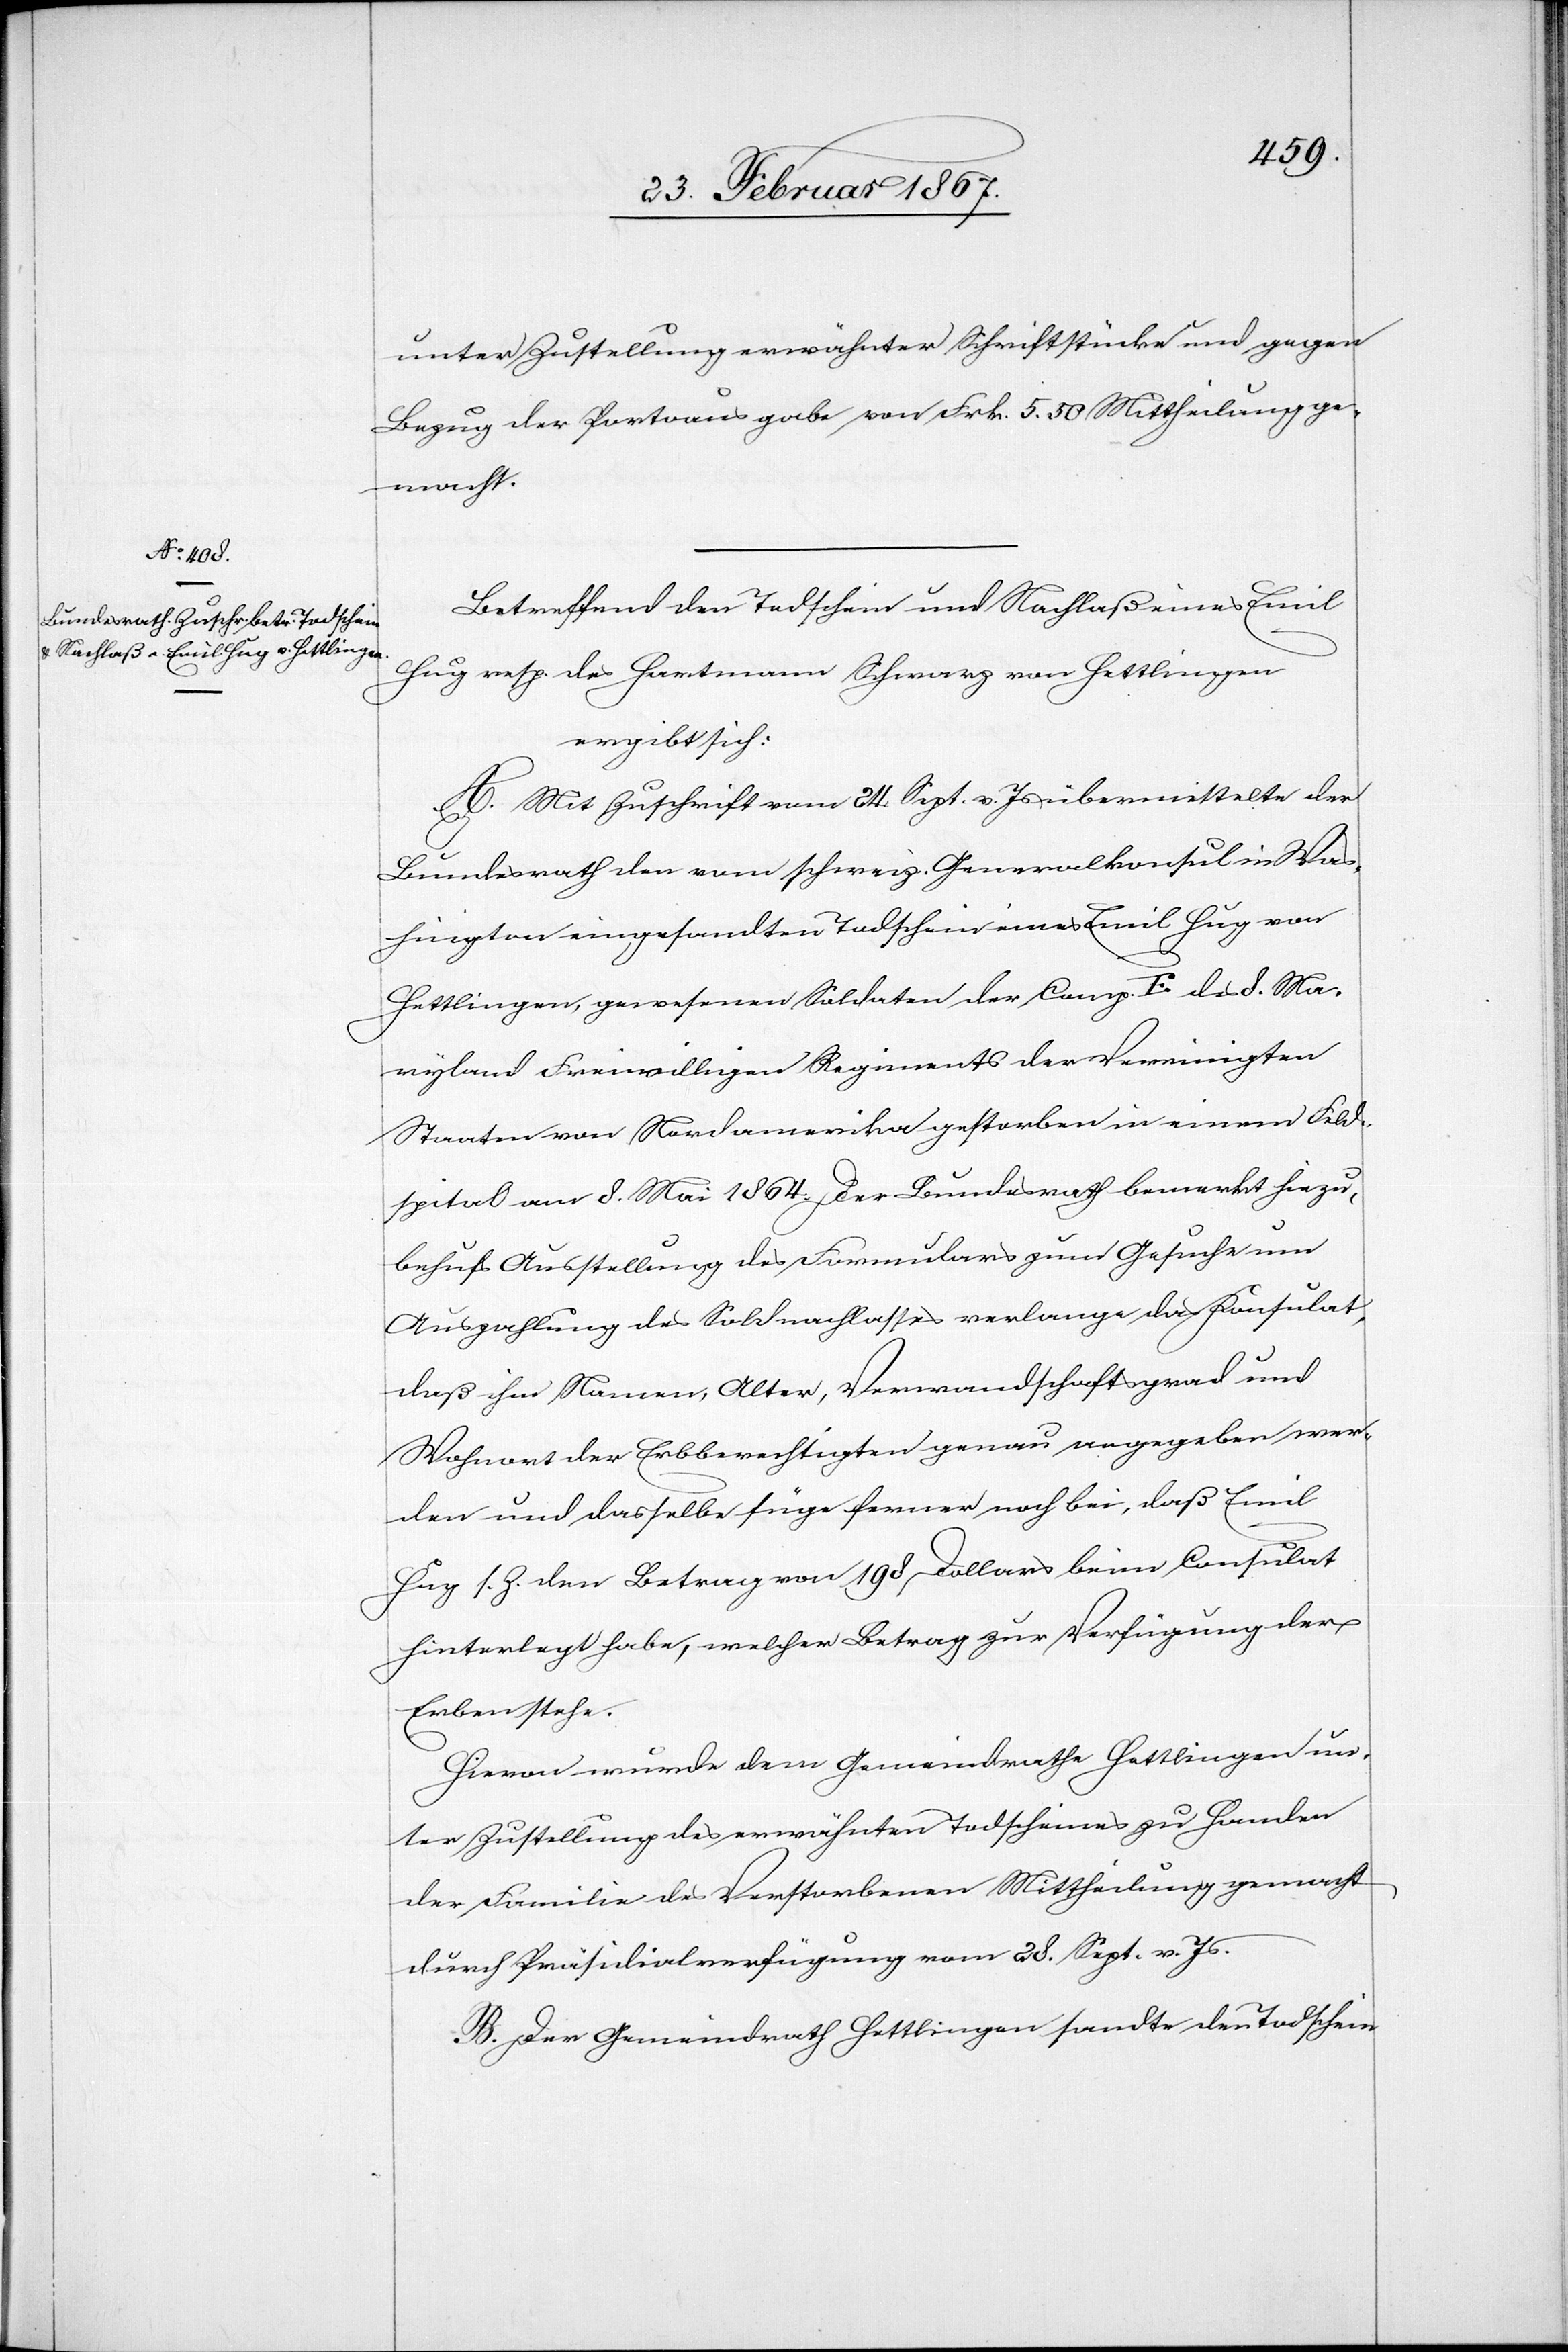
27. Februar 1867.]
unter Zustellung erwähnter Schriftstücke und gegen
Bezug der Portoausgabe von Frk. 5. 50 Mittheilung ge¬
macht.
Betreffend den Todschein und Nachlaß eines Emil
Hug resp. des Hartmann Schwarz von Hettlingen
ergibt sich:
A. Mit Zuschrift vom 24. Sept. v. Js übermittelte der
Bundesrath den vom schweiz. Generalkonsul in Was¬
hington eingesandten Todschein eines Emil Hug von
Hettlingen, gewesenen Soldaten der Comp. E des 8. Ma¬
ryland Freiwilligen Regiments der Vereinigten
Staaten von Nordamerika gestorben in einem Feld¬
spital am 8. Mai 1864. Der Bundesrath bemerkt hiezu,
behufs Ausstellung des Formulars zum Gesuche um
Auszahlung des Soldnachlasses verlange das Konsulat,
daß ihm Namen, Alter, Verwandtschaftsgrad und
Wohnort der Erbberechtigten genau angegeben wer¬
den und dasselbe füge ferner noch bei, daß Emil
Hug s. Z. den Betrag von 198 Dollars beim Consulat
hinterlegt habe, welcher Betrag zur Verfügung der
Erben stehe.
Hievon wurde dem Gemeindrathe Hettlingen un¬
ter Zustellung des erwähnten Todscheines zu Handen
der Familie des Verstorbenen Mittheilung gemacht
durch Präsidialverfügung vom 28. Sept. v. Js.
B. Der Gemeinderath Hettlingen sandte den Todschein